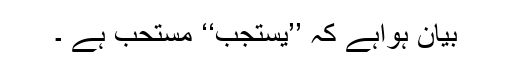
بیان ہواہے کہ ’’یستجب‘‘ مستحب ہے ۔